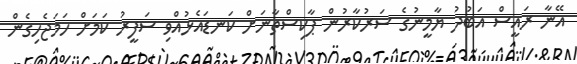
އޭނާ ރައީސް އަބުދު ޔާމީނުގެ ސަރުކާރުން ޕާކިސްތާނަށް ކަނޑައެޅުއްވި ސަފީރު ކަމަށް ހަމަޖެހިގެން